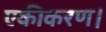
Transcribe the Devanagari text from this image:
एकीकरण।